Lunatic asylums Burma 1907-21 - 1907-1921
Year: 1907
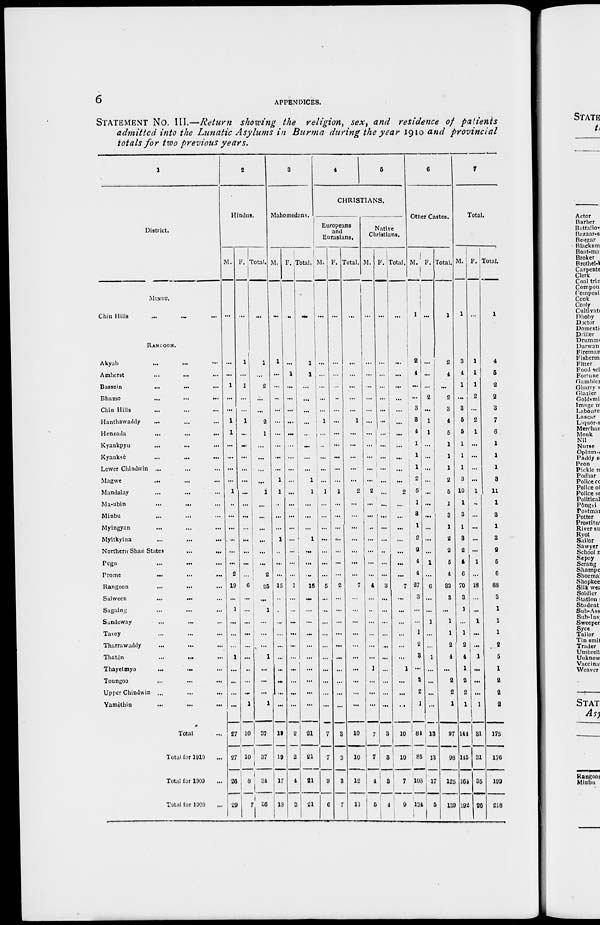
6
APPENDICES.
STATEMENT No. III.—Return showing the religion, sex, and residence of patients
admitted into the Lunatic Asylums in Burma during the year 1910 and provincial
totals for two previous years.
1
District.
MINBU.
Chin Hills ... ... ...
RANGOON.
Akyab
...
... ...
Amherst ... ... ...
Bassein
...
...
...
Bhamo
...
...
...
Chin Hills ... ... ...
Hanthawaddy ... ... ...
Henzada
... ... ...
Kyaukpyu ... ... ...
Kyauksè ... ... ...
Lower Chindwin ... ... ...
Magwe ... ... ...
Mandalay ... ... ...
Ma-ubin ... ... ...
Minbu ... ... ...
Myingyan ... ... ...
Myitkyina ... ... ...
Northern Shan States
...
...
Pegu ... ... ...
Prome
... ... ...
Rangoon ... ... ...
Salween
...
...
...
Sagaing ... ... ...
Sandoway ... ... ...
Tavoy ... ... ...
Tharrawaddy ... ... ...
Thatôn ... ... ...
Thayetmyo
...
...
...
Toungoo ... ... ...
Upper Chindwin
...
...
...
Yamèthin
...
...
...
Total ...
Total for 1910 ...
Total for 1909 ...
Total for 1908 ...
2
Hindus.
M.
...
...
...
1
...
...
1
1
...
...
...
...
1
...
...
...
...
...
...
2
19
...
1
...
...
...
1
...
...
...
...
27
27
26
29
F.
...
1
...
1
...
...
1
...
...
...
...
...
...
...
...
...
...
...
...
...
6
...
...
...
...
...
...
...
...
...
1
10
10
8
7
Total.
...
1
...
2
...
...
2
1
...
...
...
...
1
...
...
...
...
...
...
2
25
...
1
...
...
...
1
...
...
...
1
37
37
34
36
3
Mahomedans.
M.
...
1
...
...
...
...
...
...
...
...
...
1
1
...
...
...
1
...
...
...
15
...
...
...
...
...
...
...
...
...
...
19
19
17
13
F.
...
...
1
...
...
...
...
...
...
...
...
...
...
...
...
...
...
...
...
...
1
...
...
...
...
...
...
...
...
...
...
2
2
4
3
Total.
...
1
1
...
...
...
...
...
...
...
...
1
1
...
...
...
1
...
...
...
16
...
...
...
...
...
...
...
...
...
...
21
21
21
21
4
5
CHRISTIANS.
Europeans
and
Eurasians.
M.
...
...
...
...
...
...
1
...
...
...
...
...
1
...
...
...
...
...
...
...
5
...
...
...
...
...
...
...
...
...
...
7
7
9
6
F.
...
...
...
...
...
...
...
...
...
...
...
...
1
...
...
...
...
...
...
...
2
...
...
...
...
...
...
...
...
...
...
3
3
3
7
Total.
...
...
...
...
...
...
1
...
...
...
...
...
2
...
...
...
...
...
...
...
7
...
...
...
...
...
...
...
...
...
...
10
10
12
13
Native
Christians.
M.
...
...
...
...
...
...
...
...
...
...
...
...
2
...
...
...
...
...
...
...
4
...
...
...
...
...
...
1
...
...
...
7
7
4
5
F.
...
...
...
...
...
...
...
...
...
...
...
...
...
...
...
...
...
...
...
...
3
...
...
...
...
...
...
...
...
...
...
3
3
3
4
Total.
...
...
...
...
...
...
...
...
...
...
...
...
2
...
...
...
...
...
...
...
7
...
...
...
...
...
...
1
...
...
...
10
10
7
9
6
Other Castes.
M.
1
2
4
...
...
3
3
4
1
1
1
2
5
1
3
1
2
2
4
4
27
3
...
...
1
2
3
...
2
2
1
84
85
103
134
F.
...
...
...
...
2
...
1
1
...
...
...
...
...
...
...
...
...
...
1
...
6
...
...
1
...
...
1
...
...
...
...
13
13
17
5
Total.
1
2
4
...
2
3
4
5
1
1
1
2
5
1
3
1
2
2
5
4
33
3
...
1
1
2
4
...
2
2
1
97
98
125
139
7
Total.
M.
1
3
4
1
...
3
5
5
1
1
1
3
10
1
3
1
3
2
4
6
70
3
1
...
1
2
4
1
2
2
1
144
115
164
192
F.
...
1
1
1
2
...
2
1
...
...
...
...
1
...
...
...
...
...
1
...
18
...
...
1
...
...
1
...
...
...
1
31
31
35
26
Total.
1
4
5
2
2
3
7
6
1
1
1
3
11
1
3
1
3
2
5
6
88
3
1
1
1
2
5
1
2
2
2
175
176
199
218